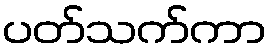
ပတ်သက်ကာ